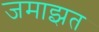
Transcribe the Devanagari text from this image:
जमाझत